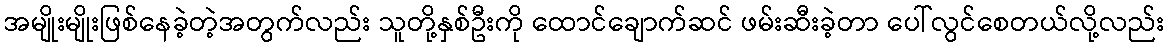
အမျိုးမျိုးဖြစ်နေခဲ့တဲ့အတွက်လည်း သူတို့နှစ်ဦးကို ထောင်ချောက်ဆင် ဖမ်းဆီးခဲ့တာ ပေါ်လွင်စေတယ်လို့လည်း